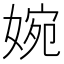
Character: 婉